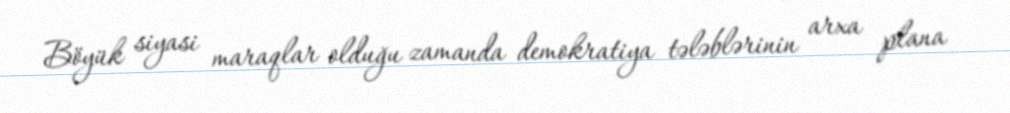
Böyük siyasi maraqlar olduğu zamanda demokratiya tələblərinin arxa plana